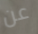
عن